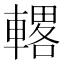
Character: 𫏾